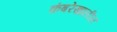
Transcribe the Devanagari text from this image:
कंबरेखालील